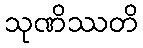
သုဏိဿတိ